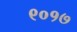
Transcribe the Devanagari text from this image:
९०१७